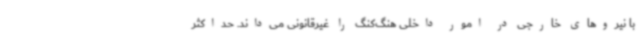
با نیروهای خارجی در امور داخلی هنگ‌کنگ را غیرقانونی می‌داند. حداکثر